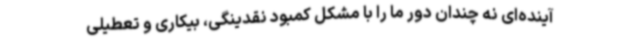
آینده‌ای نه چندان دور ما را با مشکل کمبود نقدینگی، بیکاری و تعطیلی